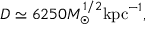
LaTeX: D \simeq 6 2 5 0 M _ { \odot } ^ { 1 / 2 } \mathrm { k p c } ^ { - 1 } ,